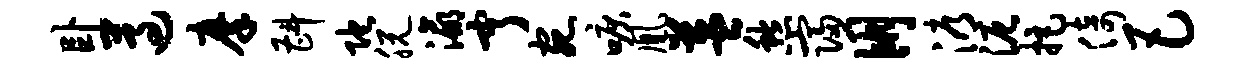
卧遵摩斟陀脱瀛亨宛唳凰益愁寝朋溽泥拒倚巴